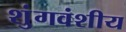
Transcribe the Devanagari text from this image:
शुंगवंशीय